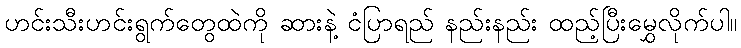
ဟင်းသီးဟင်းရွက်တွေထဲကို ဆားနဲ့ ငံပြာရည် နည်းနည်း ထည့်ပြီးမွှေလိုက်ပါ။